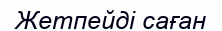
Жетпейді саған